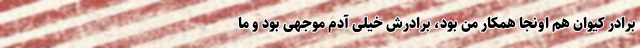
برادر کیوان هم اونجا همکار من بود، برادرش خیلی آدم موجهی بود و ما